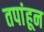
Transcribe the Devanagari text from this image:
तपांहून